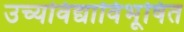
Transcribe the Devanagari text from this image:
उच्यविद्याविभूषित